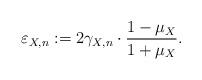
LaTeX: \begin{align*} \varepsilon_{X,n} := 2 \gamma_{X,n} \cdot \frac{1-\mu_X}{1+\mu_X}.\end{align*}